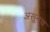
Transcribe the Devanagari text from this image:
असूनच